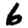
Digit: 6